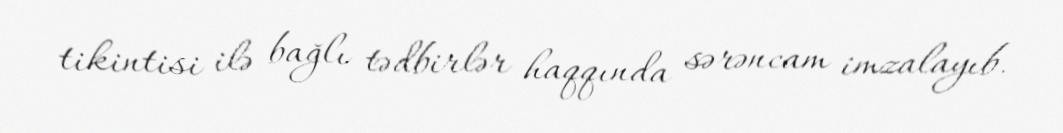
tikintisi ilə bağlı tədbirlər haqqında sərəncam imzalayıb.